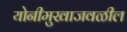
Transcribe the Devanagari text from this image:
योनीमुखाजवळील